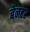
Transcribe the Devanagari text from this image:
बेनटर